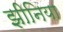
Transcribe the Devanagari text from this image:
झीनिया